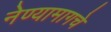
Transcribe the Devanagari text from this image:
नेण्यामागचे